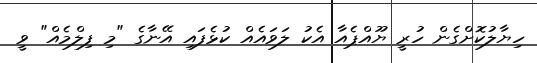
ހިޔާލުކޮށްގެން ހުރީ ޔޫއްޕެއާ އެކު ލަވައެއް ކުޅެފައި އޭނާގެ "މި ފިލްމެއް" ވީ